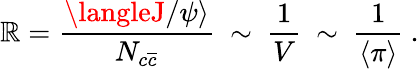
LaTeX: \mathbb{R}=\frac{{\langleJ/\psi\rangle}}{{N_{c\overline{{{{c}}}}}}}~\sim~\frac{{1}}{{V}}~\sim~\frac{{1}}{{\langle\pi\rangle}}~.